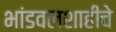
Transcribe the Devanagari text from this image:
भांडवलशाहीचे